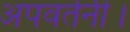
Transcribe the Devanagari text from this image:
अपवर्तनी।